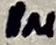
Text: 1µ